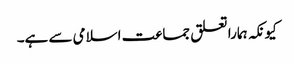
کیونکہ ہمارا تعلق جماعت اسلامی سے ہے۔